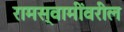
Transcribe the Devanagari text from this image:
रामस्वामींवरील